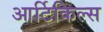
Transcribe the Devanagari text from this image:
आर्टिकिल्स